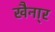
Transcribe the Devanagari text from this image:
खैना्र